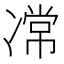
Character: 𭂝